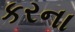
કરના